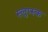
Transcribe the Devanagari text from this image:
स्लुप्स्क